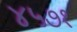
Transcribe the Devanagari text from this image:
४५७१